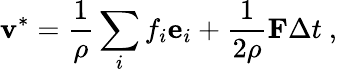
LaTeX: \mathbf{v}^{*}=\frac{1}{\rho}\sum_{i}f_{i}\mathbf{e}_{i}+\frac{1}{2\rho}\mathbf{F}\Delta t\ ,